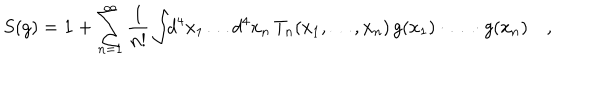
S ( g ) = { \bf 1 } + \sum _ { n = 1 } ^ { \infty } \frac { 1 } { n ! } \int \! \! d ^ { 4 } x _ { 1 } \ldots d ^ { 4 } x _ { n } \, T _ { n } ( x _ { 1 } , \ldots , x _ { n } ) \, g ( x _ { 1 } ) \cdot \ldots \cdot g ( x _ { n } ) \quad ,